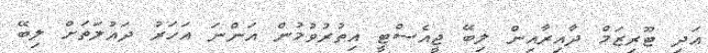
އަދި ޓޫރިޒަމް ދާއިރާއިން ލިބޭ ޖީއެސްޓީ އިތުރުވުމުން އަންނަ އަހަރު ދައުލަތަށް ލިބޭ